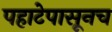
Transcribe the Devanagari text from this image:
पहाटेपासूनच